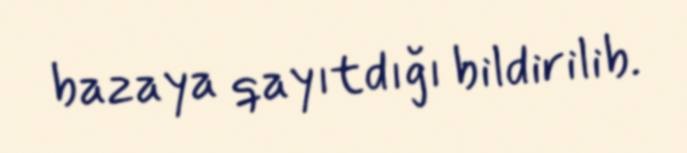
bazaya qayıtdığı bildirilib.